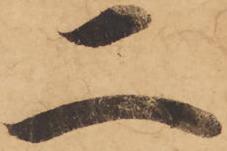
二